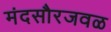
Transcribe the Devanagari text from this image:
मंदसौरजवळ